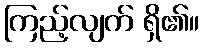
ကြည့်လျက် ရှိ၏။